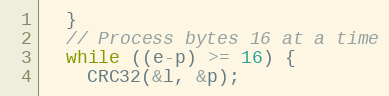
Language: C++
  }
  // Process bytes 16 at a time
  while ((e-p) >= 16) {
    CRC32(&l, &p);